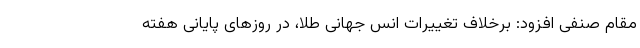
مقام صنفی افزود: برخلاف تغییرات انس جهانی طلا، در روزهای پایانی هفته